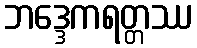
ဘဒ္ဒေကရတ္တဿ